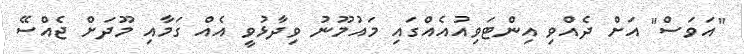
"އަވަސް" އަށް ދެއްވި އިންޓަވިއުއެއްގައި މައުމޫނު ވިދާޅުވީ އެއް ގަމާއި މޫދަށް ޖެއްސޭ